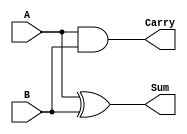
`timescale 1ns / 1ps
module half_adder (
    input A,
    input B,
    output Sum,
    output Carry
);

assign Sum = A ^ B; 
assign Carry = A & B; 

endmodule